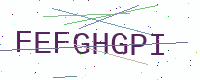
Text: FEFGHGPI